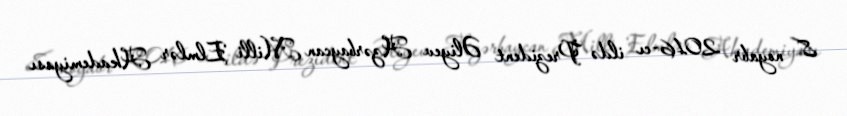
8 noyabr 2016-cı ildə Prezident Əliyev Azərbaycan Milli Elmlər Akademiyası